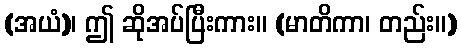
(အယံ)၊ ဤ ဆိုအပ်ပြီးကား။ (မာတိကာ၊ တည်း။)